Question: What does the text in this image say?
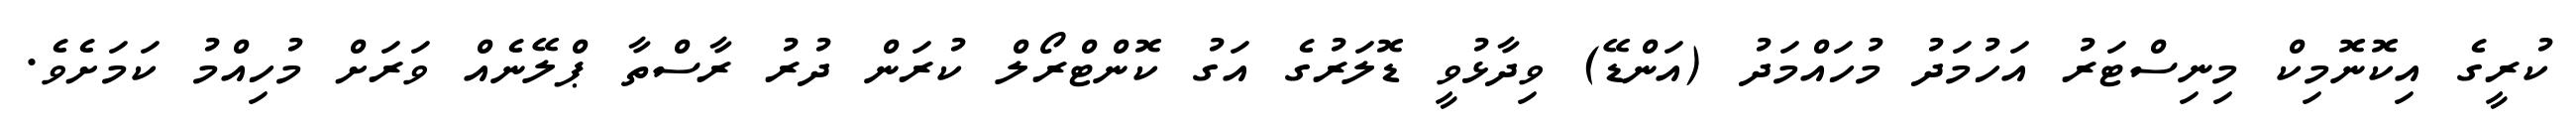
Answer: ކުރީގެ އިކޮނޮމިކް މިނިސްޓަރު އަހުމަދު މުހައްމަދު (އަންޑޭ) ވިދާޅުވީ ޑޮލަރުގެ އަގު ކޮންޓްރޯލް ކުރަން ދުރު ރާސްތާ ޕްލޭނެއް ވަރަށް މުހިއްމު ކަމަށެވެ.